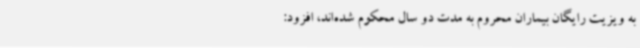
به ویزیت رایگان بیماران محروم به مدت دو سال محکوم شده‌اند، افزود: